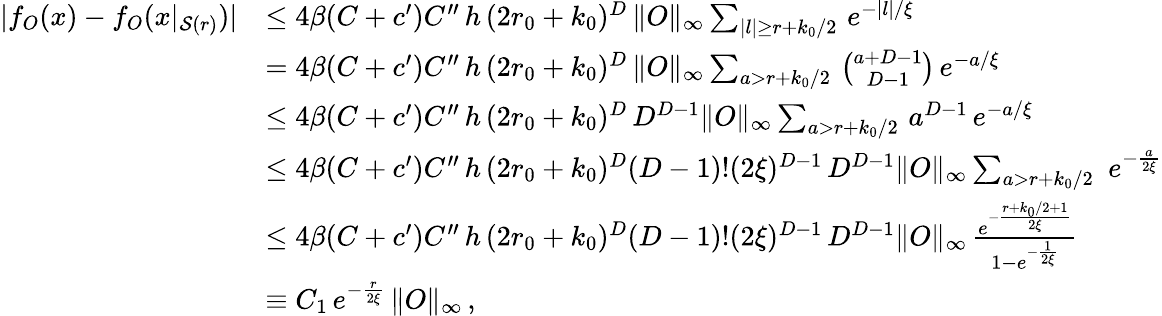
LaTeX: \begin{array}{rl}{|f_{O}(x)-f_{O}(x|_{\mathcal{S}(r)})|}&{\le 4\beta(C+c^{\prime})C^{\prime\prime}\, h\, (2r_{0}+k_{0})^{D}\, \| O\| _{\infty}\sum_{|l|\ge r+k_{0}/2}\, e^{-|l|/\xi}}\\ &{=4\beta(C+c^{\prime})C^{\prime\prime}\, h\, (2r_{0}+k_{0})^{D}\, \| O\| _{\infty}\sum_{a>r+k_{0}/2}\, \binom{a+D-1}{D-1}\, e^{-a/\xi}}\\ {\ }&{\le 4\beta(C+c^{\prime})C^{\prime\prime}\, h\, (2r_{0}+k_{0})^{D}\, D^{D-1}\| O\| _{\infty}\sum_{a>r+k_{0}/2}\, a^{D-1}\, e^{-a/\xi}}\\ &{\le 4\beta(C+c^{\prime})C^{\prime\prime}\, h\, (2r_{0}+k_{0})^{D}(D-1)!(2\xi)^{D-1}\, D^{D-1}\| O\| _{\infty}\sum_{a>r+k_{0}/2}\, \, e^{-\frac{a}{2\xi}}}\\ &{\le 4\beta(C+c^{\prime})C^{\prime\prime}\, h\, (2r_{0}+k_{0})^{D}(D-1)!(2\xi)^{D-1}\, D^{D-1}\| O\| _{\infty}\, \frac{e^{-\frac{r+k_{0}/2+1}{2\xi}}}{1-e^{-\frac{1}{2\xi}}}}\\ &{\equiv C_{1}\, e^{-\frac{r}{2\xi}}\, \| O\| _{\infty}\, ,}\end{array}